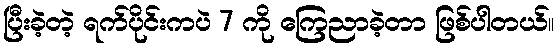
ပြီးခဲ့တဲ့ ရက်ပိုင်းကပဲ 7 ကို ကြေညာခဲ့တာ ဖြစ်ပါတယ်။